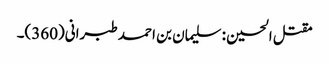
مقتل الحسین : سلیمان بن احمد طبرانی(360)۔